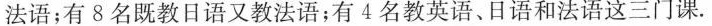
法语；有8名既教日语又教法语；有4名教英语、日语和法语这三门课.